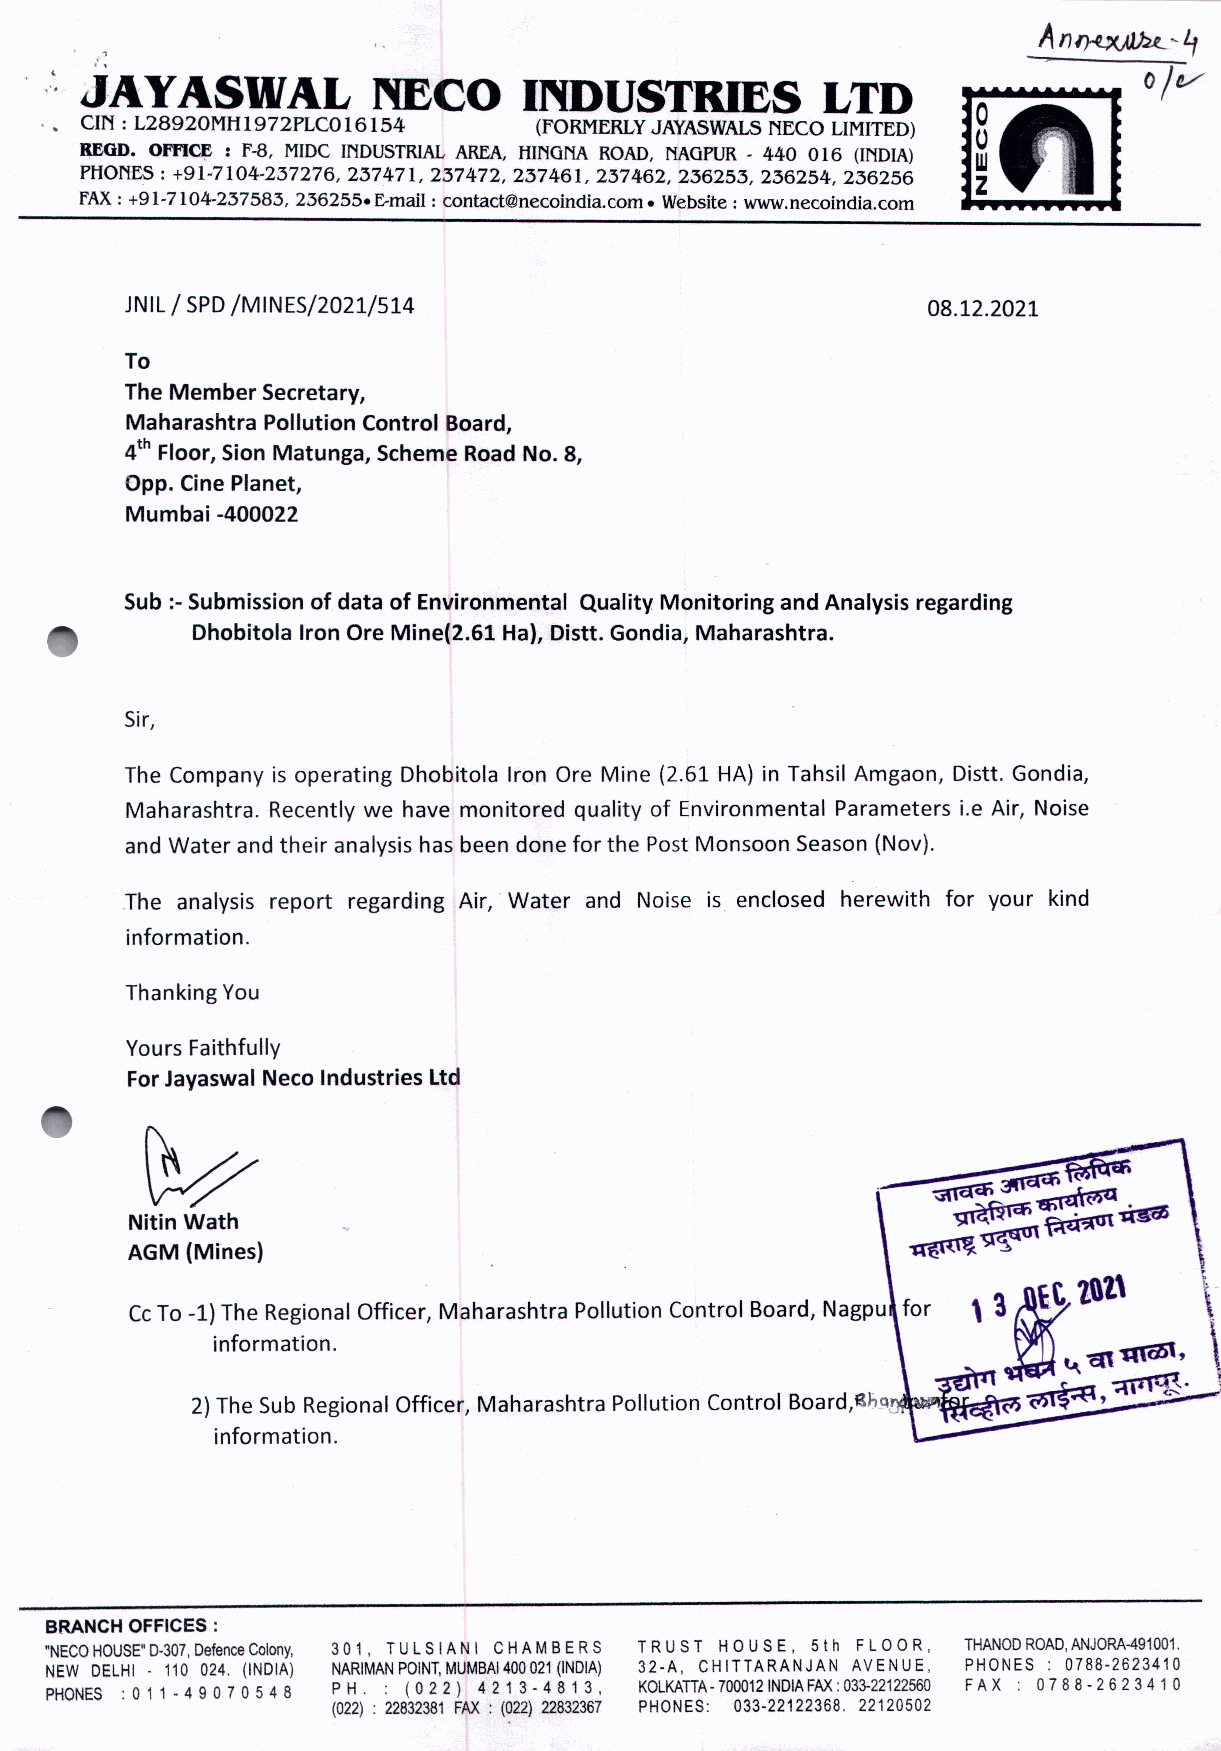
.
 .,
 ,
 ,',JAYASWAL           NECO      INDUSTRIES          LTD
 o
 CIN: L28920MH1972PLC016154     (FORMERLYJAYASWALSNECOLIMITED)
 (J
 omc~:
 eGD.       1"-8,MIDCINDUSTRIALAREA,HINGNAROAD,NAGPUR- 440 016 (INDIA)
 W
 PHONES:+91-7104-237276,237471, 237472, 237461, 237462, 236253,236254,236256
 Z
 FAX:+91-7104-237583,236255. E-mail:contactenecotndta.com- Website:www.necoindia.com
 JNIL/ SPD/MINES/2021/514                              08.12.2021
 To
 The Member Secretary,
 Maharashtra Pollution Control Board,
 4th Floor, Sion Matunga, Scheme Road No.8,
 Opp. Cine Planet,
 Mumbai -400022
 Sub :- Submission of data of Environmental Quality Monitoring and Analysis regarding
 Dhobitola Iron Ore Mine(2.61 Ha), Distt. Gondia, Maharashtra.
 Sir,
 The Company is operating Dhobitola Iron Ore Mine (2.61 HA) in Tahsil Amgaon, Distt. Gondia,
 Maharashtra. Recently we have monitored quality of Environmental Parameters i.e Air, Noise
 and Water and their analysis has been done for the Post Monsoon Season (Nov).
 The analysis report regarding Air, Water and Noise is enclosed herewith for your kind
 information.
 Thanking You
 Yours Faithfully
 For Jayaswal Neco Industries Ltd
 ~
 Nitin Wath
 AGM (Mines)
 CcTo -1) The Regional Officer, Maharashtra Pollution Control Board, Nagpu for
 information.
 2)The Sub Regional Officer, Maharashtra Pollution Control Board,BI;~ .
 information.
 BRANCHOFFICES:
 "NECOHOUSE"0-307,DefenceColony, 301, TULSIANI CHAMBERS TRUST HOUSE, 5th FLOOR, THANODROAD,ANJORA-491001.
 NEW DELHI - 110 024. (INDIA) NARIMANPOINT,MUMBAI400021(INDIA) 32·A, CHITTARANJAN AVENUE. PHONES: 0788-2623410
 PHONES : 0 11- 4 9 070 54 8 PH. : (022) 4213-4813, KOLKATTA·700012INDIAFAX:033-22122560 FAX: 0788-2623410
 (022) : 22832381 FAX: (022) 22832367 PHONES: 033·22122368. 22120502